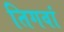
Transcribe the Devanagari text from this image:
तिगवां